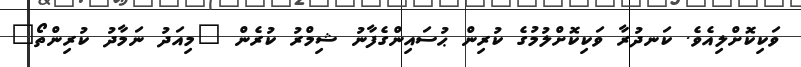
ވަކިކޮށްލިއެވެ. ކަނދުރާ ވަކިކޮށްލުމުގެ ކުރިން ޙުސައިންގެފާނު ޝިމްރު ކުރެން "މިއަދު ނަމާދު ކުރިންތޯ"